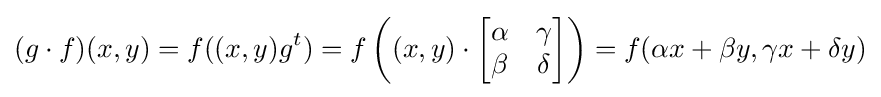
(g\cdot f)(x,y)=f((x,y)g^{t})=f\left((x,y)\cdot {\begin{bmatrix}\alpha &\gamma \\\beta &\delta \end{bmatrix}}\right)=f(\alpha x+\beta y,\gamma x+\delta y)